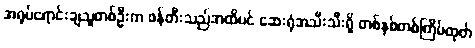
အရုပ်ရောင်းချသူတစ်ဦးက ဖန်တီးသည်အထိပင် ဆေးရုံအသီးသီးရှိ တစ်နှစ်တစ်ကြိမ်ထုတ်